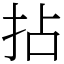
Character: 拈